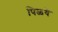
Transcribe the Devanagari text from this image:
पिळये